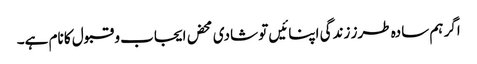
اگر ہم سادہ طرز زندگی اپنائیں تو شادی محض ایجاب و قبول کا نام ہے۔